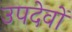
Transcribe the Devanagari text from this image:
उपदेवों